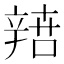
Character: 𨐟